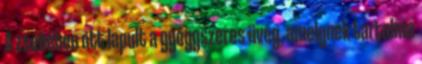
A zsebében ott lapult a gyógyszeres üveg, amelynek tartalma